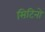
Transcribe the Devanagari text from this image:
सिटिनो